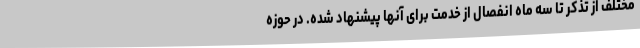
مختلف از تذکر تا سه ماه انفصال از خدمت برای آنها پیشنهاد شده. در حوزه